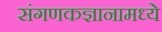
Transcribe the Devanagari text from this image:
संगणकज्ञानामध्ये